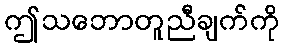
ဤသဘောတူညီချက်ကို